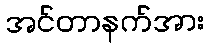
အင်တာနက်အား